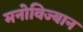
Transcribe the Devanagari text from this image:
मनोविज्यान